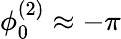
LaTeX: \phi_{0}^{(2)}\approx-\pi